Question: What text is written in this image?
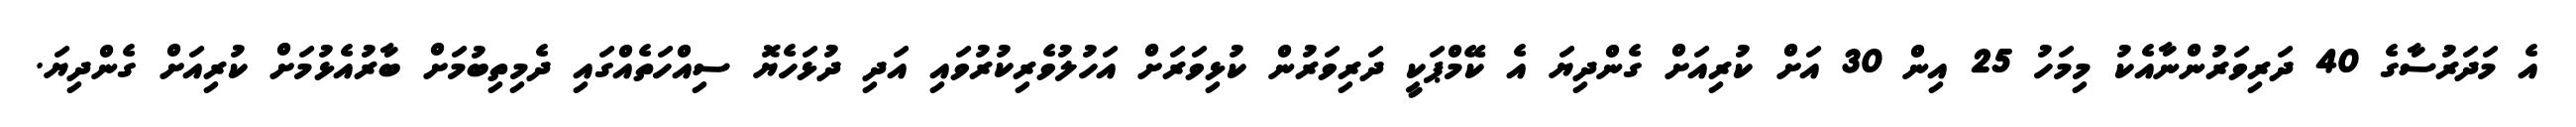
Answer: އެ މަދަރުސާގެ 40 ދަރިވަރުންނާއެކު މިމަހު 25 އިން 30 އަށް ކުރިއަށް ގެންދިޔަ އެ ކޭމްޕަކީ ދަރިވަރުން ކުޅިވަރަށް އަހުލުވެރިކުރުވައި އަދި ދުޅަހެޔޮ ސިއްހަތެއްގައި ދެމިތިބުމަށް ބާރުއެޅުމަށް ކުރިއަށް ގެންދިޔަ.